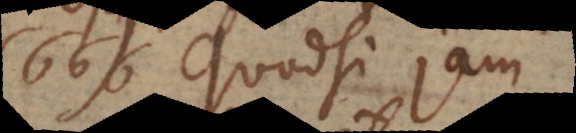
66) Quodsi jam